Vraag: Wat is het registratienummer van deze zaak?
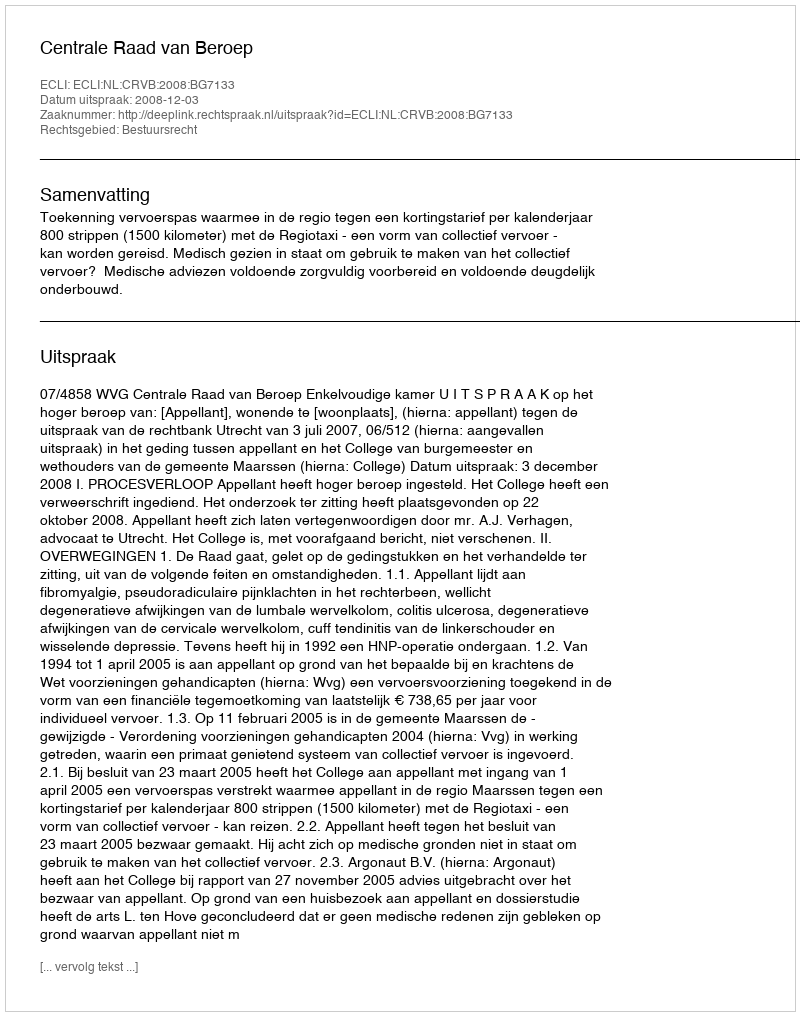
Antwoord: http://deeplink.rechtspraak.nl/uitspraak?id=ECLI:NL:CRVB:2008:BG7133